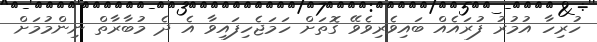
ހުރިހާ އުމުރު ފުރައެއް ބައިވެރިވެވޭ ގޮތަށް ހަމަޖެހިފައިވާ އެ ދެ މުބާރާތް ނިންމުމަށް